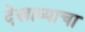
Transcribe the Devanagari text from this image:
देखाव्याचा